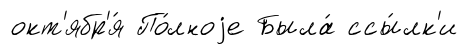
окт'ябр'я́ По́лноjе Была́ ссы́лк'и